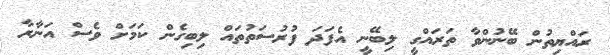
ރައްޔިތުން ބޭނުންވާ ތަރައްގީ ލިބޭނީ އެފަދަ ފުރުސަތުތައް ލިބިގެން ކަމަށް ވެސް އަނާރާ